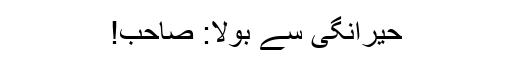
حیرانگی سے بولا: صاحب!